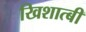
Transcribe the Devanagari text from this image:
खिशात्बी